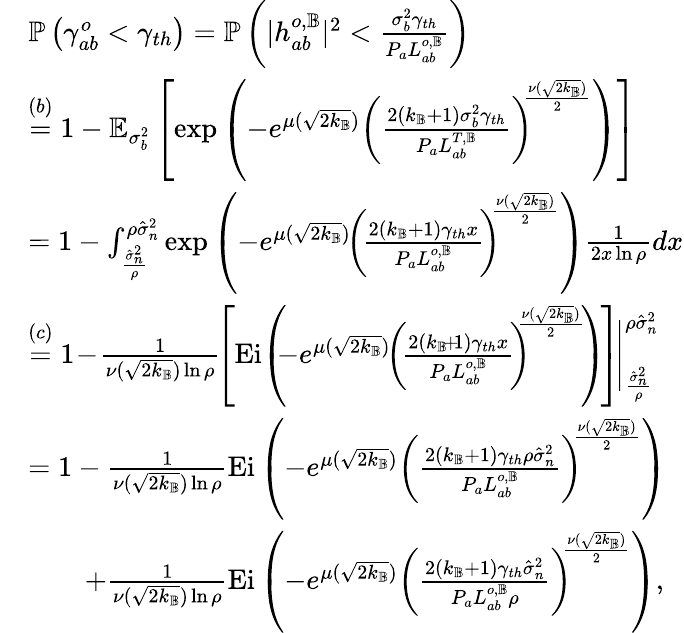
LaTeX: \begin{array}{rl}&{\mathbb{P}\left(\gamma_{ab}^{o}<\gamma_{th}\right)=\mathbb{P}\left(|{h}_{ab}^{o,\mathbb{B}}|^{2}<\frac{\sigma_{b}^{2}\gamma_{th}}{P_{a}L_{ab}^{o,\mathbb{B}}}\right)}\\ &{\overset{(b)}{=}1-\mathbb{E}_{\sigma_{b}^{2}}\left[\exp{\left(-e^{\mu(\sqrt{2k_{\mathbb{B}}})}\left(\frac{2(k_{\mathbb{B}}+1)\sigma_{b}^{2}\gamma_{th}}{P_{a}L_{ab}^{T,\mathbb{B}}}\right)^{\! \! \frac{\nu(\sqrt{2k_{\mathbb{B}}})}{2}}\right)}\right]}\\ &{=1-\int_{\frac{\hat{\sigma}_{n}^{2}}{\rho}}^{\rho\hat{\sigma}_{n}^{2}}\exp{\left(-e^{\mu(\sqrt{2k_{\mathbb{B}}})}\! \left(\! \frac{2(k_{\mathbb{B}}+1)\gamma_{th}x}{P_{a}L_{ab}^{o,\mathbb{B}}}\! \right)^{\! \! \frac{\nu(\sqrt{2k_{\mathbb{B}}})}{2}}\right)}\frac{1}{2x\ln{\rho}}dx}\\ &{\overset{(c)}{=}1\! -\! \frac{1}{\nu(\sqrt{2k_{\mathbb{B}}})\ln{\rho}}\! \left[\mathrm{Ei}\! \left(\! \! -e^{\mu(\sqrt{2k_{\mathbb{B}}})}\! \left(\! \frac{2(k_{\mathbb{B}}\! +\! 1)\gamma_{th}x}{P_{a}L_{ab}^{o,\mathbb{B}}}\! \right)^{\! \! \! \frac{\nu(\sqrt{2k_{\mathbb{B}}})}{2}}\! \right)\! \right]\! \Bigg|_{\frac{\hat{\sigma}_{n}^{2}}{\rho}}^{\rho\hat{\sigma}_{n}^{2}}}\\ &{=1-\frac{1}{\nu(\sqrt{2k_{\mathbb{B}}})\ln{\rho}}\mathrm{Ei}\left(-e^{\mu(\sqrt{2k_{\mathbb{B}}})}\left(\frac{2(k_{\mathbb{B}}+1)\gamma_{th}\rho\hat{\sigma}_{n}^{2}}{P_{a}L_{ab}^{o,\mathbb{B}}}\right)^{\! \! \frac{\nu(\sqrt{2k_{\mathbb{B}}})}{2}}\right)}\\ &{\qquad+\frac{1}{\nu(\sqrt{2k_{\mathbb{B}}})\ln{\rho}}\mathrm{Ei}\left(-e^{\mu(\sqrt{2k_{\mathbb{B}}})}\left(\frac{2(k_{\mathbb{B}}+1)\gamma_{th}\hat{\sigma}_{n}^{2}}{P_{a}L_{ab}^{o,\mathbb{B}}\rho}\right)^{\! \! \frac{\nu(\sqrt{2k_{\mathbb{B}}})}{2}}\right),}\end{array}